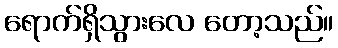
ရောက်ရှိသွားလေ တော့သည်။